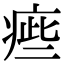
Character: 㾚